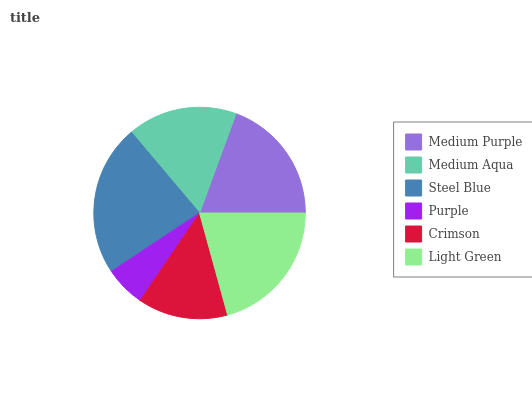
| Medium Purple | Medium Aqua | Steel Blue | Purple | Crimson | Light Green |
 | --- | --- | --- | --- | --- | --- |
 | 19.4% | 16.7% | 23.2% | 6.19% | 13.8% | 20.7% |